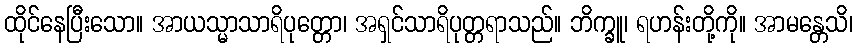
ထိုင်နေပြီးသော။ အာယသ္မာသာရိပုတ္တော၊ အရှင်သာရိပုတ္တရာသည်။ ဘိက္ခူ၊ ရဟန်းတို့ကို။ အာမန္တေသိ၊